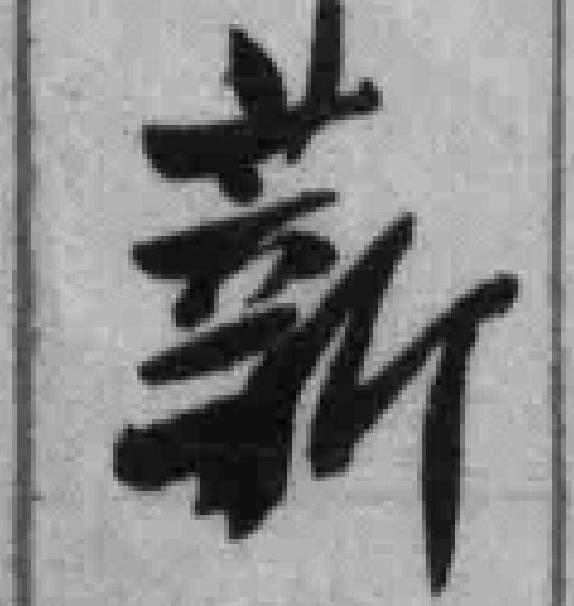
薪